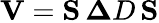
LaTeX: {\mathbf V}={\mathbf S}\, {\mathbf\Delta D}\, {\mathbf S}